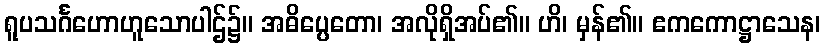
ရူပသင်္ဂဟောဟူသောပါဌ်၌။ အဓိပ္ပေတော၊ အလိုရှိအပ်၏။ ဟိ၊ မှန်၏။ ဧကကောဋ္ဌာသေန၊